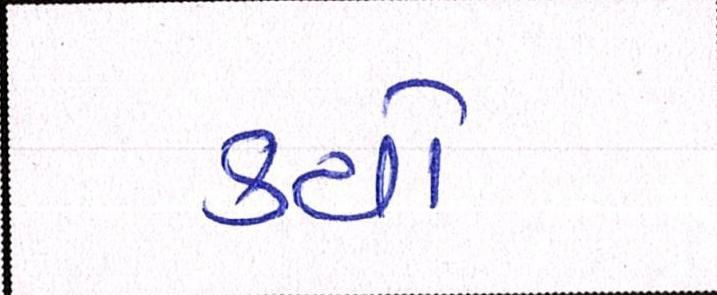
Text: કયો